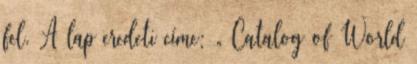
fel. A lap eredeti címe: „ Catalog of World